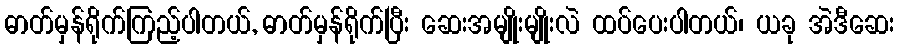
ဓာတ်မှန်ရိုက်ကြည့်ပါတယ်, ဓာတ်မှန်ရိုက်ပြီး ဆေးအမျိုးမျိုးလဲ ထပ်ပေးပါတယ်၊ ယခု အဲဒီဆေး